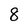
Character: 8